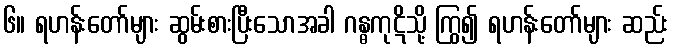
၆။ ရဟန်းတော်များ ဆွမ်းစားပြီးသောအခါ ဂန္ဓကုဋိသို့ ကြွ၍ ရဟန်းတော်များ ဆည်း